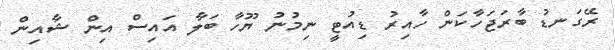
ރޭގަނޑު ބާރަޖަހާކަން ހާއިރު ޑިއުޓީ ނިމުނު ޔޫހާ ބަލާ އައިސް އިން ޝާއިން